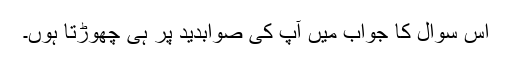
اس سوال کا جواب میں آپ کی صوابدید پر ہی چھوڑتا ہوں۔